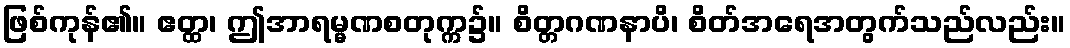
ဖြစ်ကုန်၏။ ဧတ္ထ၊ ဤအာရမ္မဏစတုက္က၌။ စိတ္တဂဏနာပိ၊ စိတ်အရေအတွက်သည်လည်း။